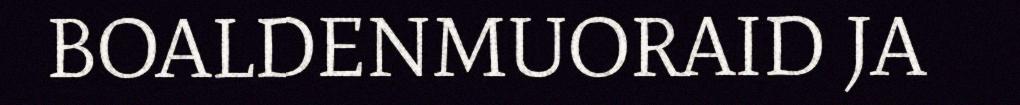
BOALDENMUORAID JA